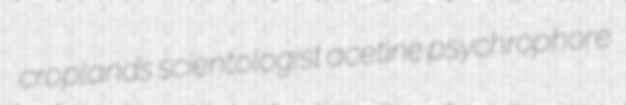
croplands scientologist acetine psychrophore